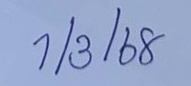
1/3/68